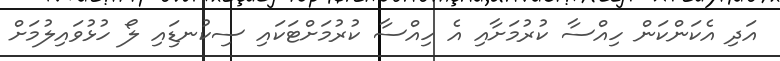
އަދި އެކަންކަން ހިއްސާ ކުރުމަށާއި އެ ހިއްސާ ކުރުމަށްޓަކައި ސިކުނޑިައި ލޯ ހުޅުވައިލުމަށް